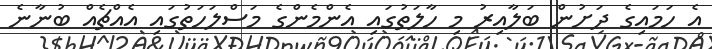
އެ ހަމައިގެ ދަށުން ބަލާއިރު މި ހާލަތުގައި އެންމެންގެ މަސްލަހަތުގައި އެއްޗެއް ބުނާނެ